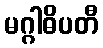
မဂ္ဂါဓိပတီ